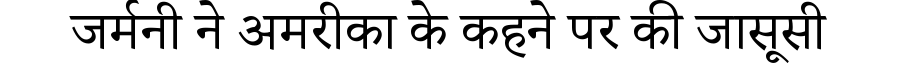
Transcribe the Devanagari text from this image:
जर्मनी ने अमरीका के कहने पर की जासूसी